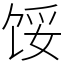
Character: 馁